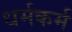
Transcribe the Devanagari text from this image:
धर्मकर्म